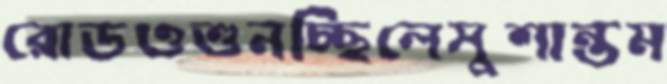
রোডওশুনচ্ছিলেসুশান্তম